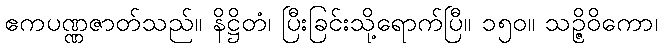
ဧကပဏ္ဏဇာတ်သည်။ နိဋ္ဌိတံ၊ ပြီးခြင်းသို့ရောက်ပြီ။ ၁၅၀။ သဉ္ဇိဝိကော၊